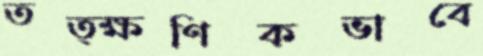
তত্ক্ষণিকভাবে